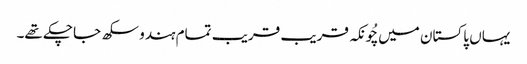
یہاں پاکستان میں چُونکہ قریب قریب تمام ہندو سکھ جاچکے تھے۔